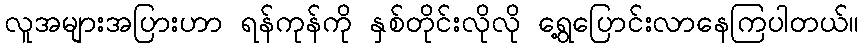
လူအများအပြားဟာ ရန်ကုန်ကို နှစ်တိုင်းလိုလို ရွေ့ပြောင်းလာနေကြပါတယ်။